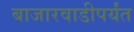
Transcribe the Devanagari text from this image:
बाजारवाडीपर्यंत